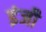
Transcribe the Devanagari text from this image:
इंजी